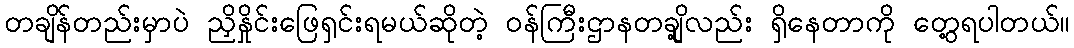
တချိန်တည်းမှာပဲ ညှိနှိုင်းဖြေရှင်းရမယ်ဆိုတဲ့ ဝန်ကြီးဌာနတချို့လည်း ရှိနေတာကို တွေ့ရပါတယ်။